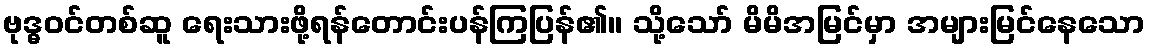
ဗုဒ္ဓဝင်တစ်ဆူ ရေးသားဖို့ရန်တောင်းပန်ကြပြန်၏။ သို့သော် မိမိအမြင်မှာ အများမြင်နေသော